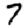
Digit: 7